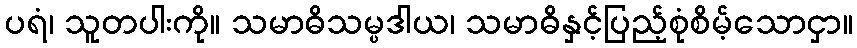
ပရံ၊ သူတပါးကို။ သမာဓိသမ္ပဒါယ၊ သမာဓိနှင့်ပြည့်စုံစိမ့်သောငှာ။